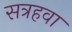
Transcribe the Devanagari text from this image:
सत्रहवा